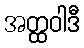
အတ္ထဝါဒီ